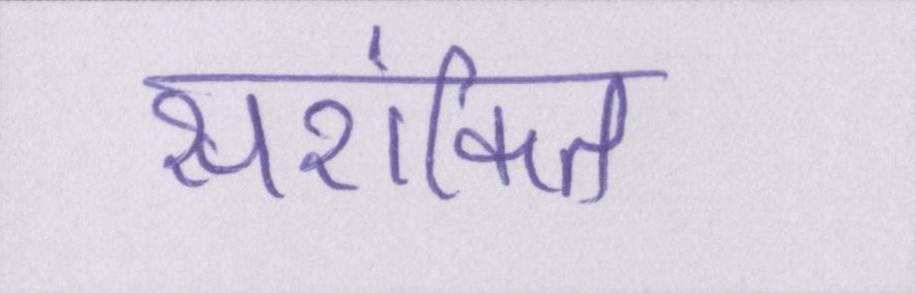
सशंकित